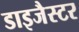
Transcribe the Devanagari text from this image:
डाइजैस्टर